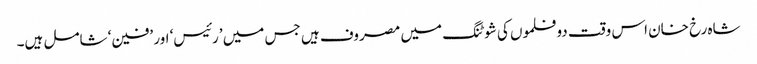
شاہ رخ خان اس وقت دو فلموں کی شوٹنگ میں مصروف ہیں جس میں ’رئیس‘ اور ’فین‘ شامل ہیں۔